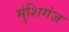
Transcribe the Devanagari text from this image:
मुंशिगंज